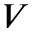
V